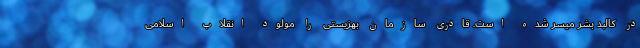
در کالبد بشر میسر شده است. قادری سازمان بهزیستی را مولود انقلاب اسلامی